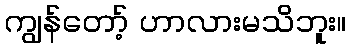
ကျွန်တော့် ဟာလားမသိဘူး။